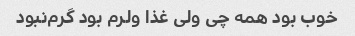
خوب بود همه چی ولی غذا ولرم بود گرم‌نبود